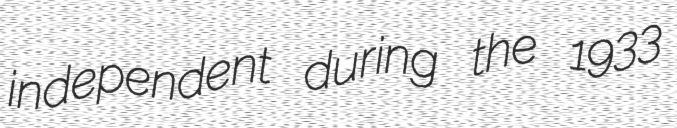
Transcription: independent during the 1933